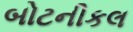
બોટનીકલ